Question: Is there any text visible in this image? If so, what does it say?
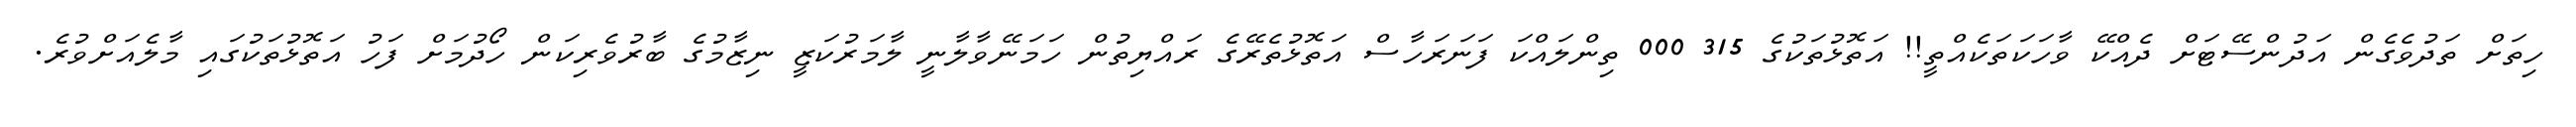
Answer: ހިތަށް ތަދުވެގެން އަދުންސޭޓަށް ދެއްކޭ ވާހަކަތަކެއްތީ!! އަތޮޅުތަކުގެ 315 000 ތިންލައްކަ ފަނަރަހާސް އަތޮޅުތެރޭގެ ރައްޔިތުން ހަމަނޭވާލާނީ ލާމަރުކަޒީ ނިޒާމުގެ ބާރުވެރިކަން ހޯދުމަށް ފަހު އަތޮޅުތަކުގައި މާލެއަށްވުރެ.